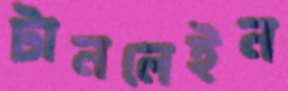
টানলেইন